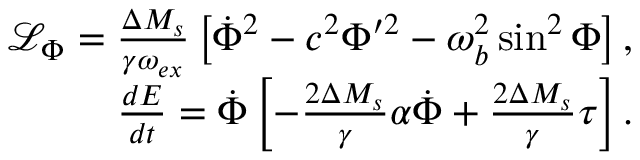
\begin{array} { r } { \mathcal { L } _ { \Phi } = \frac { \Delta M _ { s } } { \gamma \omega _ { e x } } \left[ \dot { \Phi } ^ { 2 } - c ^ { 2 } \Phi ^ { \prime 2 } - \omega _ { b } ^ { 2 } \sin ^ { 2 } \Phi \right] , } \\ { \frac { d E } { d t } = \dot { \Phi } \left[ - \frac { 2 \Delta M _ { s } } { \gamma } \alpha \dot { \Phi } + \frac { 2 \Delta M _ { s } } { \gamma } \tau \right] . } \end{array}